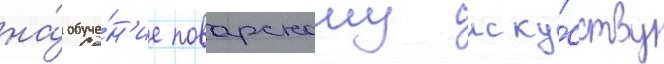
на́ обуче́н'ие поварскому иску́сству